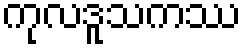
ကုလဒူသကဿ